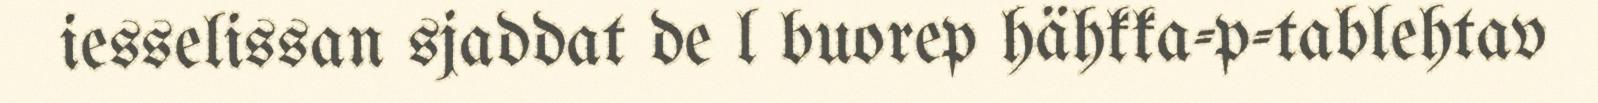
iesselissan sjaddat de l buorep hähkka-p-tablehtav